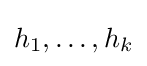
h_{1},\ldots ,h_{k}